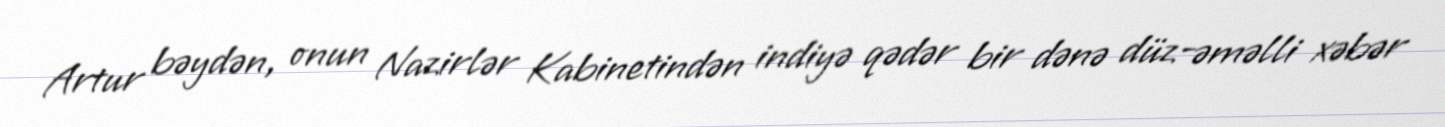
Artur bəydən, onun Nazirlər Kabinetindən indiyə qədər bir dənə düz-əməlli xəbər